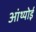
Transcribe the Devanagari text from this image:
आंथ्‍योई